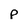
Character: p